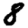
Digit: 8